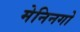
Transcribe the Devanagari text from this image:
मेनिनगो